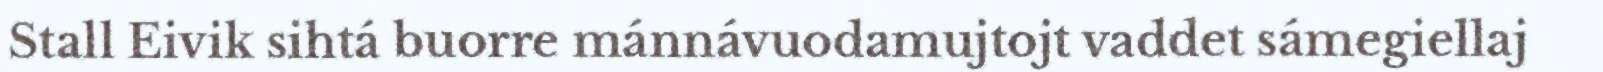
Stall Eivik sihtá buorre mánnávuodamujtojt vaddet sámegiellaj